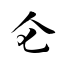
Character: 仑